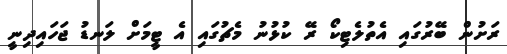
ރަށުން ބޭރުގައި އެތުލެޓިކޯ ރޭ ކުޅުނު މެޗުގައި އެ ޓީމަށް ލަނޑު ޖަހައިދިނީ